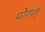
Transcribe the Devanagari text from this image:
पोंगल्